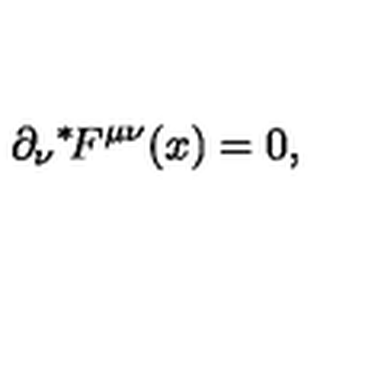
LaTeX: \partial _ { \nu } { } ^ { * } \! F ^ { \mu \nu } ( x ) = 0 ,